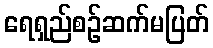
ရေရှည်စဉ်ဆက်မပြတ်